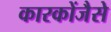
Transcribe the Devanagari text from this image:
कारकोंजैसे